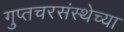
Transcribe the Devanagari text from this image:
गुप्तचरसंस्थेच्या